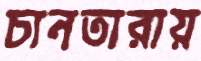
চানতারায়